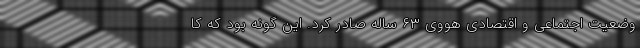
وضعیت اجتماعی و اقتصادی هووی ۶۳ ساله صادر کرد. این گونه بود که کا